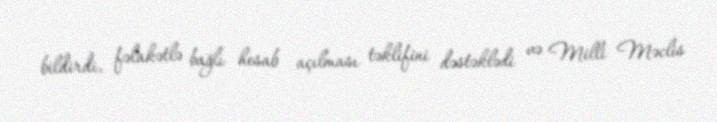
bildirdi, fəlakətlə bağlı hesab açılması təklifini dəstəklədi və Milli Məclis